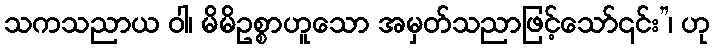
သကသညာယ ဝါ၊ မိမိဥစ္စာဟူသော အမှတ်သညာဖြင့်သော်၎င်း”၊ ဟု